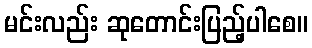
မင်းလည်း ဆုတောင်းပြည့်ပါစေ။